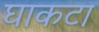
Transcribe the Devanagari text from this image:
घाकटा